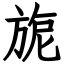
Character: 旎